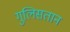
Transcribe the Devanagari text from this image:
गुलिसतान